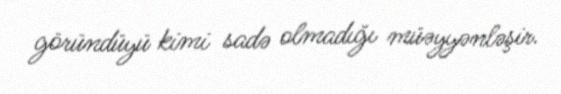
göründüyü kimi sadə olmadığı müəyyənləşir.